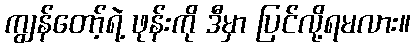
ကျွန်တော့်ရဲ့ ဖုန်းကို ဒီမှာ ပြင်လို့ရမလား။